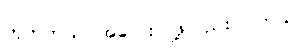
ဟုတ်တယ်၊ အလေးပြုဖို့လည်း ပါတယ်။